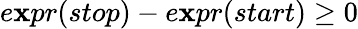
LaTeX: e\mathbf{x}pr(stop)-e\mathbf{x}pr(start)\geq0